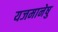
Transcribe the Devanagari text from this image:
यजमानेषु